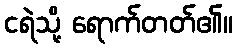
ငရဲသို့ ရောက်တတ်၏။